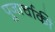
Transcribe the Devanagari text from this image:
पूजार्चाकी